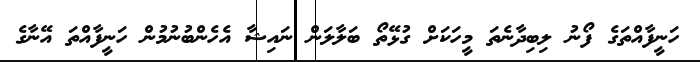
ހަނީފާއްތަގެ ފޯނު ލިބިދާނެތަ މީހަކަށް ގުޅޭތޯ ބަލާލަން ނައިޝާ އެހެންބުނުމުން ހަނީފާއްތަ އޭނާގެ